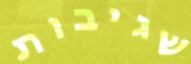
שגיבות